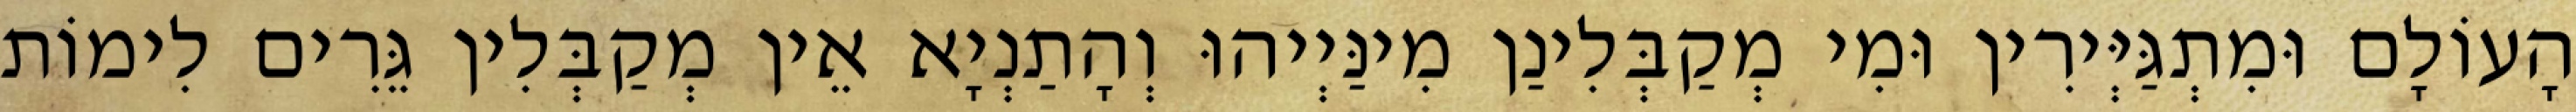
הָעוֹלָם וּמִתְגַּיְּירִין וּמִי מְקַבְּלִינַן מִינַּיְיהוּ וְהָתַנְיָא אֵין מְקַבְּלִין גֵּרִים לִימוֹת